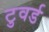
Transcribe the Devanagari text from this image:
टुवर्ड